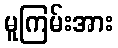
မူကြမ်းအား